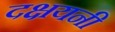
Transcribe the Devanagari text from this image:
दक्षयनी